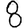
Digit: 8